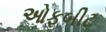
ઓફબીટ